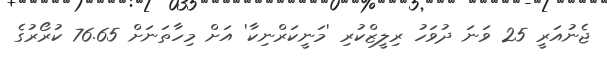
ޖެނުއަރީ 25 ވަނަ ދުވަހު ރިލީޒްކުރި 'މަނީކަރްނިކާ' އަށް މިހާތަނަށް 76.65 ކުރޯރުގެ